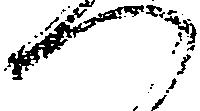
つ